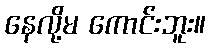
နေလို့မ ကောင်းဘူး။